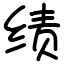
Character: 绩